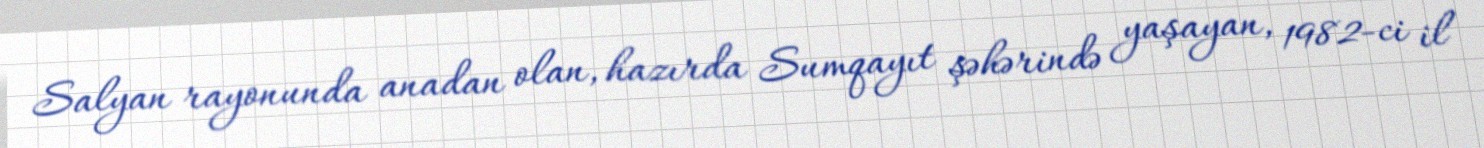
Salyan rayonunda anadan olan, hazırda Sumqayıt şəhərində yaşayan, 1982-ci il